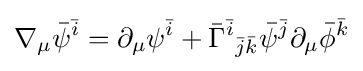
\nabla _{\mu }{\bar {\psi }}^{\bar {i}}=\partial _{\mu }\psi ^{\bar {i}}+{\bar {\Gamma }}^{\bar {i}}{}_{{\bar {j}}{\bar {k}}}{\bar {\psi }}^{\bar {j}}\partial _{\mu }{\bar {\phi }}^{\bar {k}}